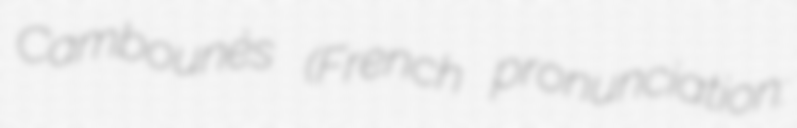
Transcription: Cambounès (French pronunciation: